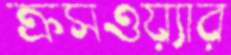
ক্রসওয়্যার